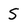
Character: S